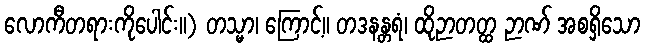
လောကီတရားကိုပေါင်း။) တသ္မာ၊ ကြောင့်။ တဒနန္တရံ၊ ထိုဉာတတ္ထ ဉာဏ် အစရှိသော